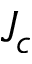
J _ { c }